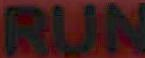
RUN